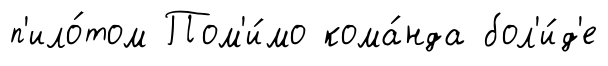
п'ило́том Пом'и́мо кома́нда бол'и́д'е